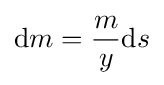
\mathrm {d} m={\frac {m}{y}}\mathrm {d} s